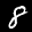
Label: 8